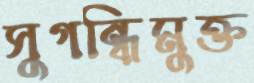
সুগন্ধিমুক্ত